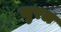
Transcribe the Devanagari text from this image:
जुरल